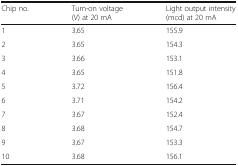
<table><thead><tr><td><b>Chip no.</b></td><td><b>Turn-on voltage (V) at 20 mA</b></td><td><b>Light output intensity (mcd) at 20 mA</b></td></tr></thead><tbody><tr><td>1</td><td>3.65</td><td>155.9</td></tr><tr><td>2</td><td>3.65</td><td>154.3</td></tr><tr><td>3</td><td>3.66</td><td>153.1</td></tr><tr><td>4</td><td>3.65</td><td>151.8</td></tr><tr><td>5</td><td>3.72</td><td>156.4</td></tr><tr><td>6</td><td>3.71</td><td>154.2</td></tr><tr><td>7</td><td>3.67</td><td>152.4</td></tr><tr><td>8</td><td>3.68</td><td>154.7</td></tr><tr><td>9</td><td>3.67</td><td>153.3</td></tr><tr><td>10</td><td>3.68</td><td>156.1</td></tr></tbody></table>